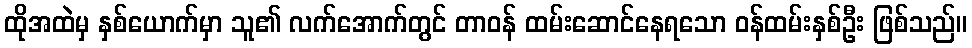
ထိုအထဲမှ နှစ်ယောက်မှာ သူ၏ လက်အောက်တွင် တာဝန် ထမ်းဆောင်နေရသော ဝန်ထမ်းနှစ်ဦး ဖြစ်သည်။